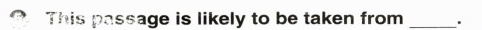
This passage is likely to be taken from__ .